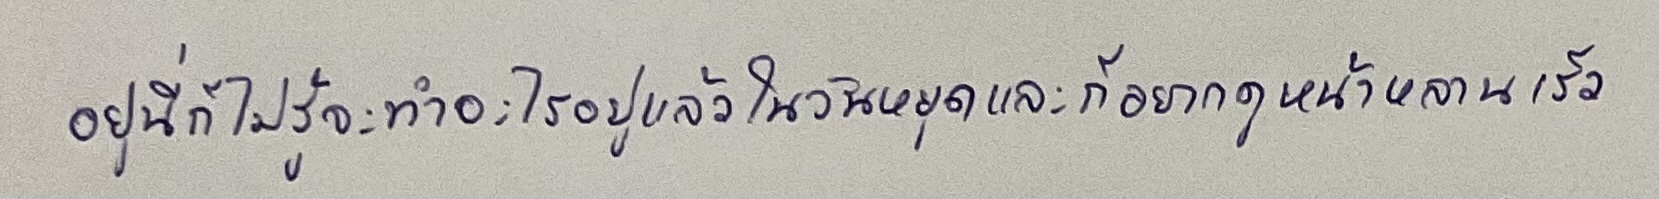
อยู่นี่ก็ไม่รู้จะทำอะไรอยู่แล้วในวันหยุดและก็อยากดูหน้าหลานเร็ว